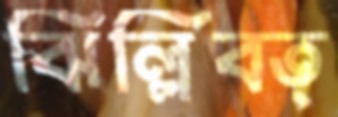
ঝিল্লিবত্